Annual statistical returns and brief notes on vaccination in Bengal - 1896-1909
Year: 1896
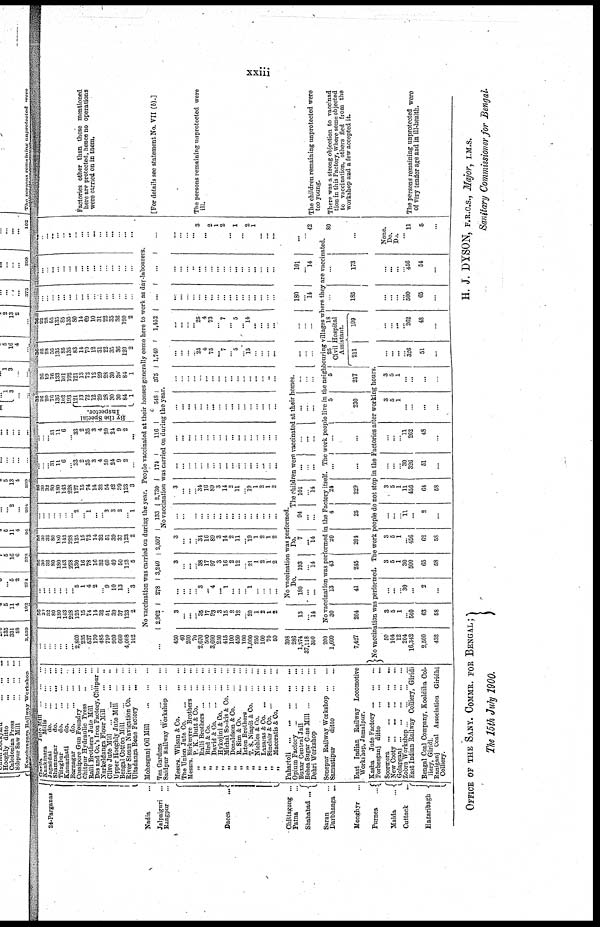
xxiii
24-Parganas
Nadia ...
Jalpaiguri
...
Rangpur ...
Dacca
...
Chittagong ...
Patna ...
Shahabad ...
Saran ...
Darbhanga ...
Monghyr ...
Purnea
...
Malda
...
Cuttack
...
Hazaribagh
Garlla
Juto Mill
...
...
...
Kunkinara
Mills
...
...
...
Jagaddal
do.
...
...
...
Shamnagur
do ... ... ...
Titughar
do.
...
...
...
Kamarhati
do. ... ... ...
Barnagar
do.
...
...
...
Cossipore Gun Foundry
...
...
Chitpur Hydraulic Press
...
...
Ralli Brothers' Jute Mill
...
...
Das and Co.'s Iron Factory, Chitpur...
Narkeldanga Flour Mill
...
...
Clive Jute Mill
...
...
...
...
Upper Hooghly Jute Mill
Bengal Cotton Mill
...
...
...
River Steam Navigation Co. ... ... ...
Ultadanga Bone Factory
...
...
Mohesganj Oil Mill ... ... ...
Tea Gardens
...
...
...
...
Saidpur Railway Workshop
...
...
Messrs. Wilson & Co.
...
...
The Union Jute Co. ... ...
Messrs. Birkmyre Brothers
...
...
„
P. K. Dutt & Co. ... ... ...
„
Ralli Brothers
...
...
...
„
Bird &
Co.
...
...
...
„
David &
Co.
...
...
...
„
Hykojini & Co.
...
...
„
Michal Sookis & Co. ... ... ...
„
Donaldson & Co. ... ...
„
R. Sim & Co.
...
...
...
„
Isten Brothers
...
...
„
T. S. Niapit & Co.
...
...
„
Nichles & Co.
...
...
„
Lazaras & Co. ... ... ...
„
Sinclair & Co.
...
...
...
„
Macoratis & Co. ... ...
Pahartoli
...
...
...
...
...
Opium Factory
...
...
...
...
Buxar Central Jail
...
...
Behea Sugar Cane Mill
...
...
...
Dehri Workshop
...
...
Sonepur Railway Workshop
...
...
Samastipur
ditto
...
...
East Indian Railway Locomotive
Workshop, Jamalpur.
Kasba
Jute Factory
...
...
...
Forbesganj ditto ... ... ...
Soormora
...
...
...
...
...
New Cooty
...
...
...
...
...
Golapganj
...
...
...
...
...
Zobra Workshop
...
...
...
...
East Indian Railway Colliery, Giridi
Bengal Coal Company, Kooldiha Col-
liery, Giridi.
Raniganj Coal Association Giridhi
Colliery.
...
...
...
...
...
...
...
2,860
235
537
170
485
710
950
660
4,008
102
56
30
32
80
180
143
228
125
15
74
14
32
51
39
37
123
2
...
...
...
...
...
...
...
5
1
4
2
...
9
10
13
... 3
56
30
32
80
180
143
228
130
16
78
16
32
60
49
50
123
5
56
30
32
80
180
143
228
125
15
73
14
32
51
39
37
123
2
...
...
...
...
...
...
... 2
... 1
...
... 3
3
2
... 1
56
30
32
80
180
143
228
127
15
74
14
32
54
42
39
123
3
...
...
... 31
11
6
... 33
2
35
3
4
20
24
9
2
...
...
...
...
31
11
6
... 33
2
35
3
4
20
24
9
2
...
By the Special
Inspector.
38
26
20
70
136
102
103
121
13
72
12
29
28
30
30
84
1
26
19
76
133
101
192
121
13
72
12
29
28
30
30
84
1
36
22
28
55
135
85
135
83
14
70
12
31
22
35
36
120
2
36
22
23
55
135
85
135
80
14
69
10
31
22
35
36
120
2
...
... ...
...
...
...
...
...
...
...
...
...
...
...
... ...
...
...
...
...
...
...
...
...
...
...
...
...
...
...
...
...
...
...
...
...
...
...
...
... ...
...
...
...
...
... ...
...
... ...
...
No vaccination was carried on during the year. People vaccinated at their houses generally come here to work as day-labourers.
...
2,962
278
3,240
2,597
133
2,730
174
116
648
375
1,740
1,432
...
...
...
No vaccination was curried on during the year.
450
40
200
70
2,670
500
3,690
250
415
100
450
100
1,000
250
100
70
50
398
286
1,374
37,118
300
200
1,600
7,427
3
... ...
...
35
17
93
3
15
2
12
... 20
1
2
1
2
13
... 14
...
...
...
...
3
... 4
... 1
...
...
... 1
...
...
...
...
3
...
...
...
38
17
97
3
16
2
12
...
21
1
2
1
2
3
...
...
... 34
16
89
3
14
2
11
... 19
1
2
1
2
...
...
...
...
...
...
... ...
...
...
...
...
... ...
...
...
...
3
...
...
... 34
16
89
3
14
2
11
... 19 1
2
1
2
...
...
...
...
...
...
... ...
...
...
...
... ...
...
...
...
...
...
...
...
...
...
...
...
...
... ...
...
... ...
...
...
...
...
...
...
...
... ...
...
...
...
... ...
...
... ...
...
...
...
...
...
...
...
...
... ...
...
...
...
...
...
...
... ...
... ...
...
...
...
...
... 25
4
75
... 7
... 5
... 15
...
...
... ...
...
...
... ... 25
4
73
... 7
... 5
... 14
...
...
...
...
...
...
...
...
...
... ...
... ...
... ...
...
... ...
...
...
...
...
...
... ..
...
...
... ...
...
... ...
...
... ...
... ...
...
...
...
... ... 3
... 2
1
2
... 1
...
2
1
...
...
...
No vaccination was performed.
Do.
Do.
The children were vaccinated at their homes.
180
...
...
193
... 14
7
... 14
94
...
...
101
... 14
...
... ...
...
...
...
...
... ...
...
...
...
...
...
...
... ...
...
180
... 14
101
... 14
...
...
42
No vaccination was performed in the Factory itself. The work people live in the neighbouring villages where they are vaccinated.
30
204
13
41
43
245
20
201
4
25
24
229
...
...
...
...
5
230
5
...
217
25
18
Civil Hospital
Assistant.
211 199
...
...
185
...
...
173
80
...
...
No vaccination was performed. The work people do not stop in the Factories alter working hours.
50
104
12
204
16,342
2,500
432
3
5
1
...
500
63
58
...
...
...
30
...
2
...
3
5
1
30
500
65
68
3
5
1
... 456
62
58
...
...
... 11
...
2
...
3
5
1
11
456
64
58
...
...
... 30
326
51
...
...
...
... 11
262
48
...
3
5
1
...
...
...
...
3
5
1
... ...
...
...
...
...
...
... 326
51
...
...
... ...
... 262
48
...
...
...
...
...
500
65
...
...
...
...
... 456
54
...
None.
Do.
Do
... 11
5
...
Factories other than those mentioned
here are protected, hence no operations
were carried on in them.
[For details see statement No. VII (b).]
The persons remaining unprotected were
ill.
The children remaining unprotected were
too young.
There was a strong objection to vaccinad
tion in this Factory, where some objected
to vaccination, others fled from the
workshop and a few accepted it.
The persons remaining unprotected wore
of very tender age and in ill-health.
OFFICE OF THE SANY. COMMR. FOR BENGAL;
The 15th July 1900.
H. J. DYSON, F.R.C.S., Major, I.M.S.
Sanitary Commissioner for Bengal.